Source: Handwritten
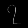
Digit: ၇ (7)